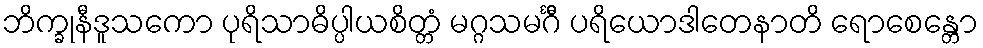
ဘိက္ခုနီဒူသကော ပုရိသာဓိပ္ပါယစိတ္တံ မဂ္ဂသမင်္ဂီ ပရိယောဒါတေနာတိ ရောစေန္တော